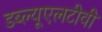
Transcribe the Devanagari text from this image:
डब्ल्यूएलटीवी